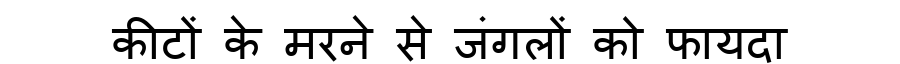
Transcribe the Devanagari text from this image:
कीटों के मरने से जंगलों को फायदा